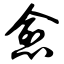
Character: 愈